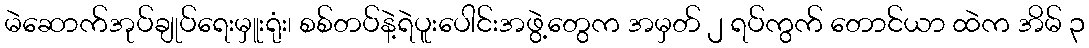
မဲဆောက်အုပ်ချုပ်ရေးမှူးရုံး၊ စစ်တပ်နဲ့ရဲပူးပေါင်းအဖွဲ့တွေက အမှတ် ၂ ရပ်ကွက် တောင်ယာ ထဲက အိမ် ၃